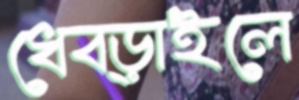
ধেব্‌ড়াইলে